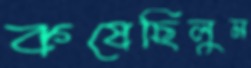
কষেছিলুম